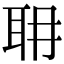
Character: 耼